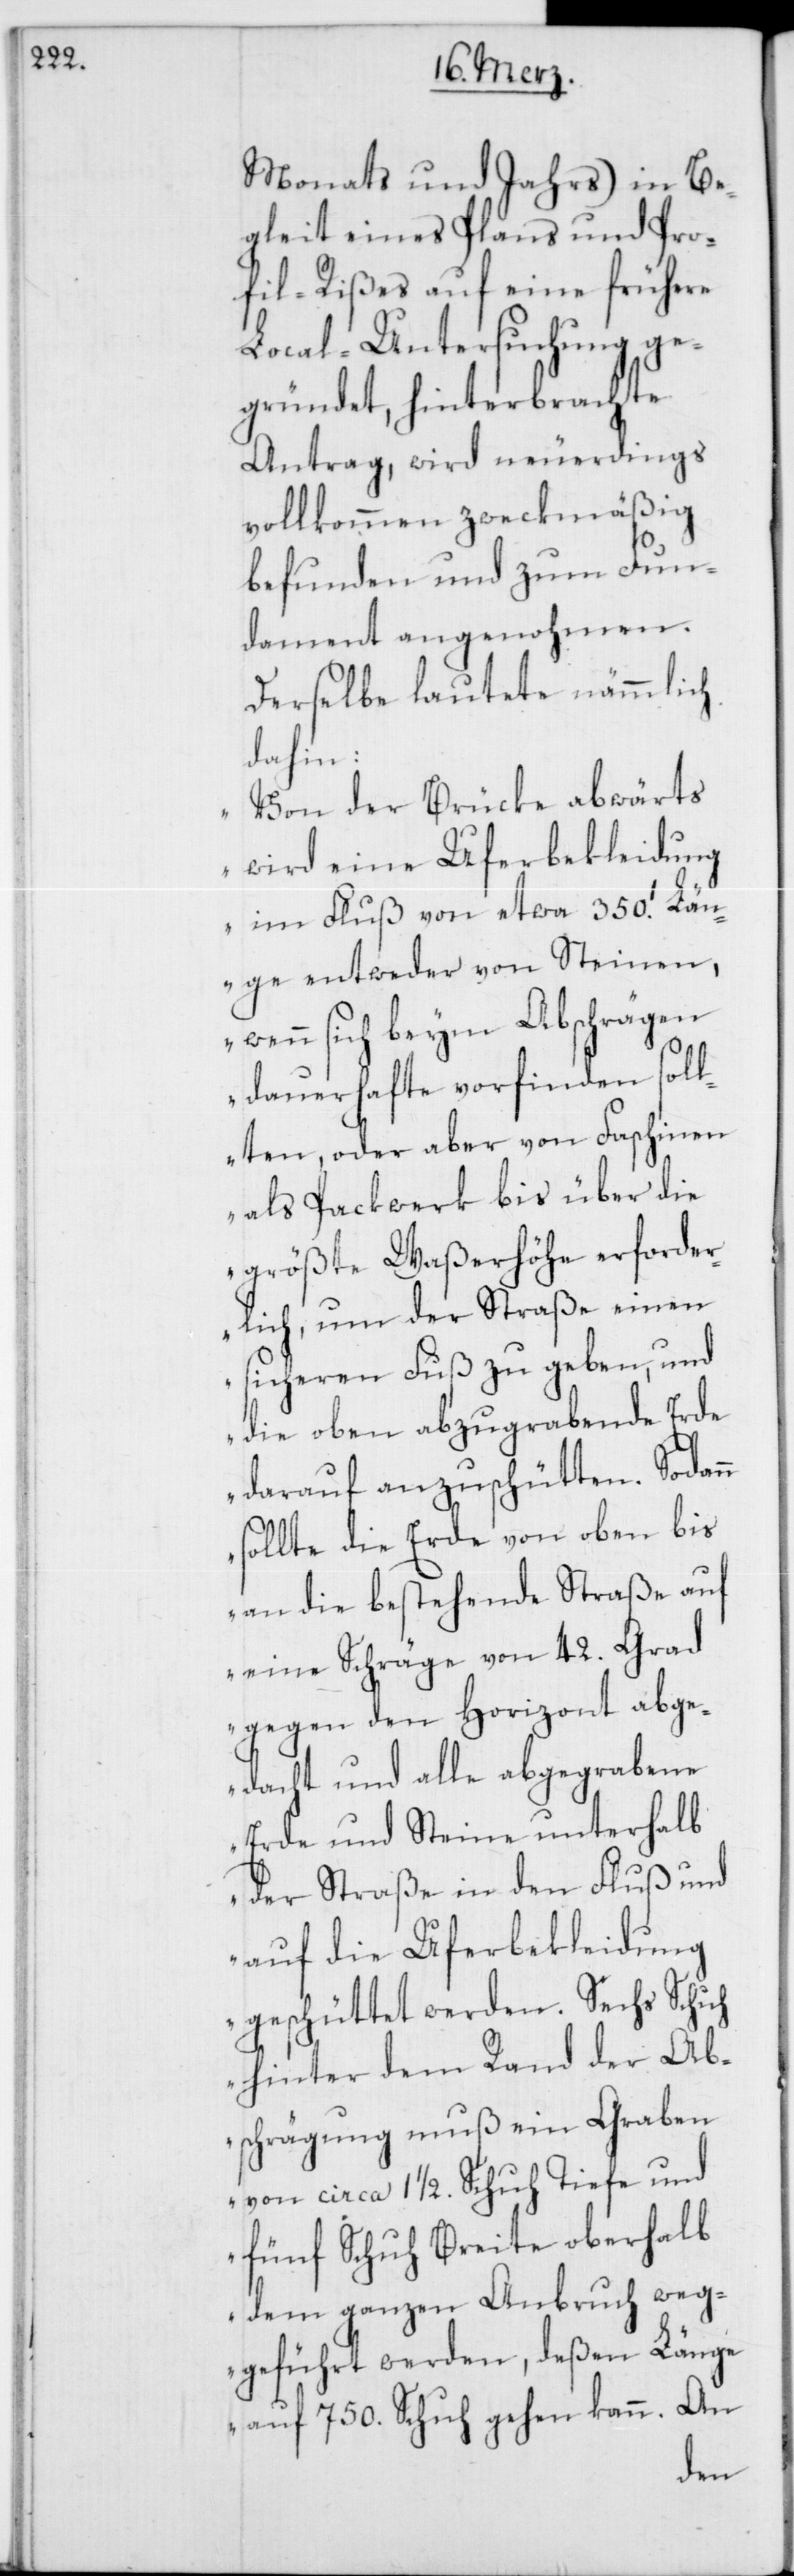
Monats und Jahrs) in Be¬
gleit eines Plans und Pro¬
fil-Rißes auf eine frühere
Local-Untersuchung ge¬
gründet, hinterbrachte
Antrag, wird neuerdings
vollkommen zweckmäßig
befunden und zum Fun¬
dament angenohmen.
Derselbe lautete nämmlich
dahin:
„Von der Brücke abwärts
wird eine Uferbekleidung
im Fluß von etwa 350.’ Län¬
ge entweder von Steinen,
wenn sich beym Abschrägen
dauerhafte vorfinden soll¬
ten, oder aber von Faschinen
als Packwerk bis über die
größte Waßerhöhe erforder¬
lich, um der Straße einen
sicheren Fuß zu geben, und
die oben abzugrabende Erde
darauf anzuschütten. Sodann
sollte die Erde von oben bis
an die bestehende Straße auf
eine Schräge von 42. Grad
gegen den Horizont abge¬
dacht und alle abgegrabene
Erde und Steine unterhalb
der Straße in den Fluß und
auf die Uferbekleidung
geschüttet werden. Sechs Schuh
hinter dem Rand der Ab¬
schrägung muß ein Graben
von circa 1 1/2 Schuh Tiefe und
fünf Schuh Breite oberhalb
dem ganzen Anbruch weg¬
geführt werden, deßen Länge
auf 750. Schuh gehen kann. An